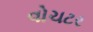
વોચટર